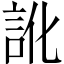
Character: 訛